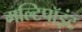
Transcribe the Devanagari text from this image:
मल्टिपॉइंट